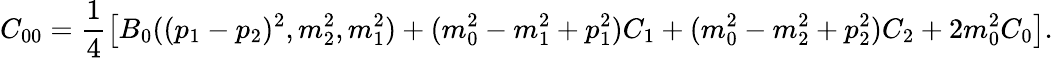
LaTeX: C_{00}=\frac{1}{4}\left[B_{0}({(p_{1}-p_{2})^{2}},m_{2}^{2},m_{1}^{2})+(m_{0}^{2}-m_{1}^{2}+p_{1}^{2})C_{1}+(m_{0}^{2}-m_{2}^{2}+p_{2}^{2})C_{2}+2m_{0}^{2}C_{0}\right].